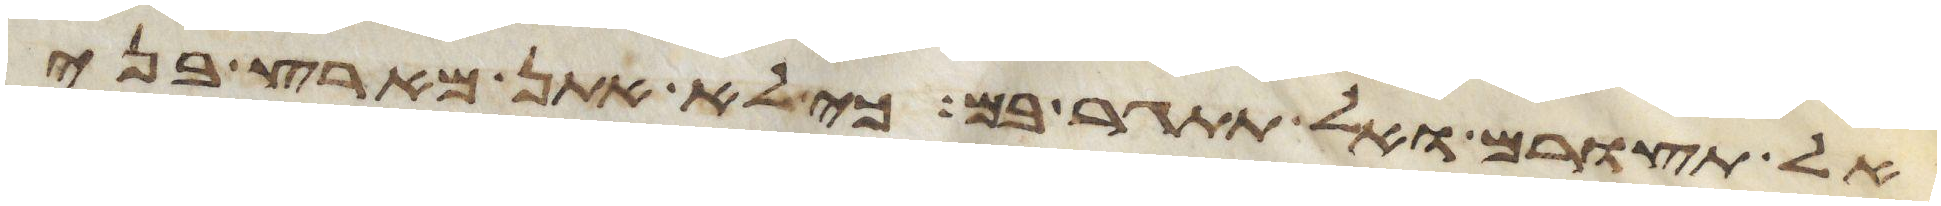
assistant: אל תצורם ואל תתגר בם כי לא אתן מארץ בני